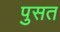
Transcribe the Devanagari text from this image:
पुसत